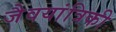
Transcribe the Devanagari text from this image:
जैवयांत्रिकी